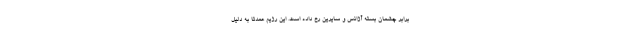
برابر چشمان بسته آژانس و سایرین رخ داده است. این رژیم عمدتا به دلیل